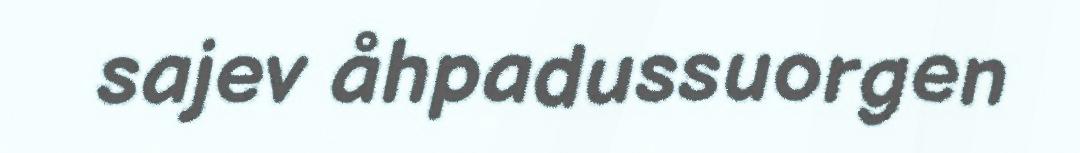
sajev åhpadussuorgen